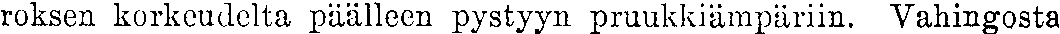
roksen korkeudelta päälleen pystyyn pruukkiämpäriin. Vahingosta